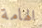
الهامة